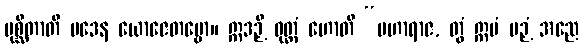
ပုစ္ဆိတာတိ ပဒေန ယောဇေတဗ္ဗော။ ဣဒဉှိ ဝုတ္တံ ဟောတိ “မဟာရာဇ, တွံ ဣမံ ပဉှံ အညေ